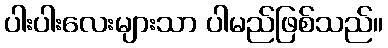
ပါးပါးလေးများသာ ပါမည်ဖြစ်သည်။